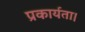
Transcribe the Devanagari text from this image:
प्रकार्यता।